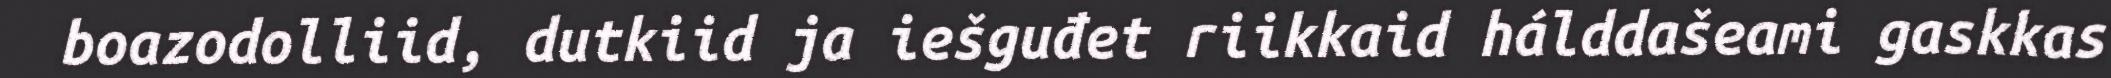
boazodolliid, dutkiid ja iešguđet riikkaid hálddašeami gaskkas